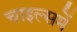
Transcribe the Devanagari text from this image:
चाइल्समें